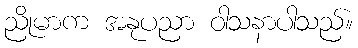
ညိုမာက အနုပညာ ဝါသနာပါသည်။